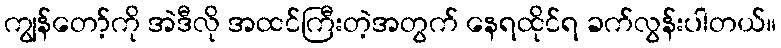
ကျွန်တော့်ကို အဲဒီလို အထင်ကြီးတဲ့အတွက် နေရထိုင်ရ ခက်လွန်းပါတယ်။